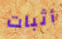
أثبات